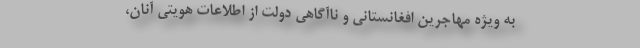
به ویژه مهاجرین افغانستانی و ناآگاهی دولت از اطلاعات هویتی آنان،